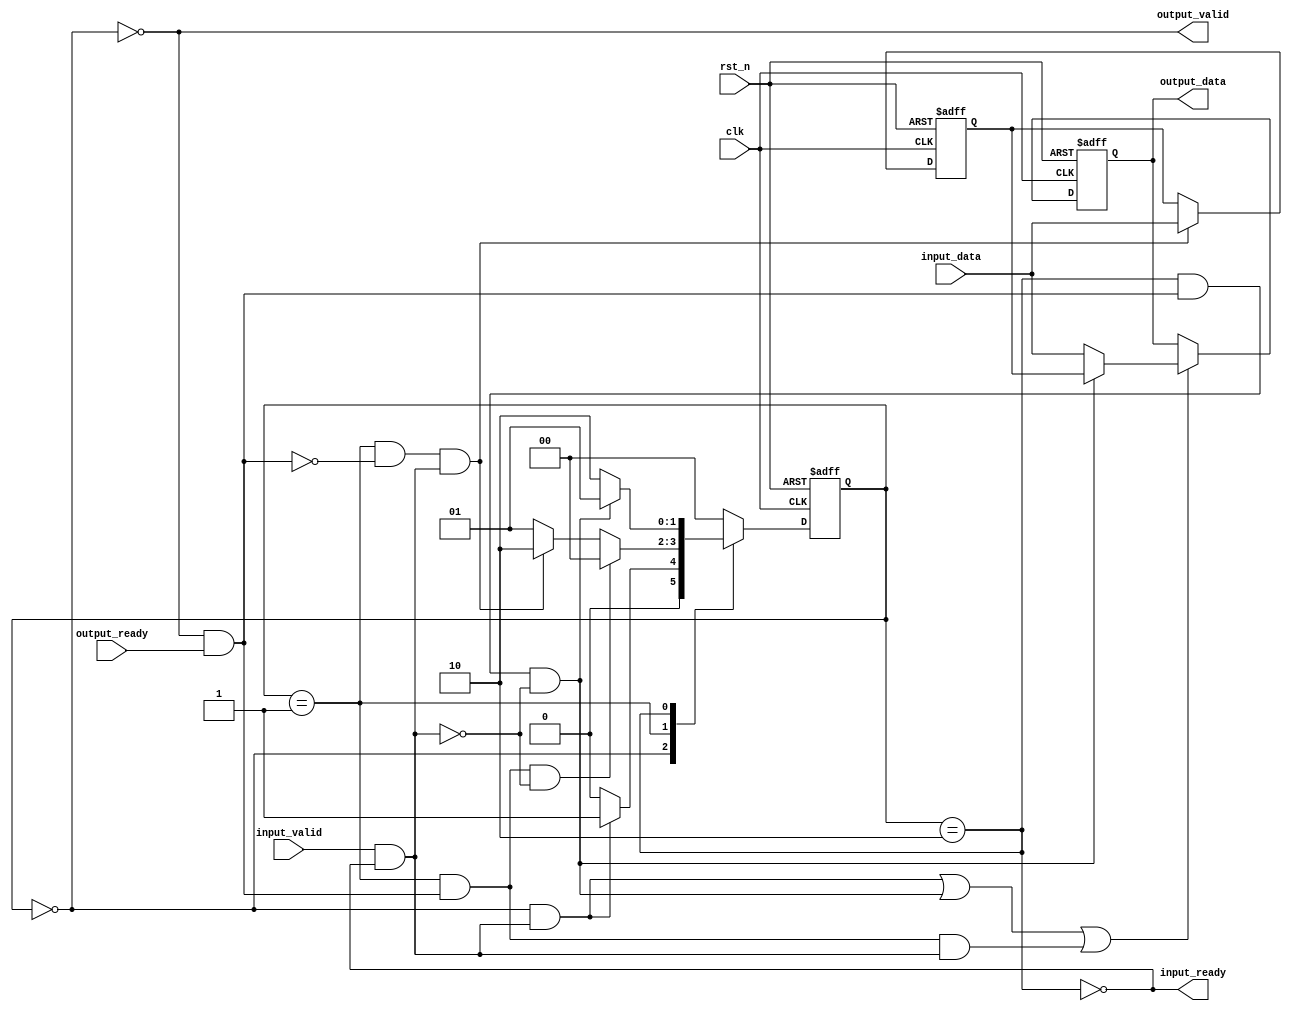
module skid_buffer#(
    parameter WIDTH = 32
)(
    input   clk,
    input   rst_n,

    input   input_valid,
    output  input_ready,
    input   [WIDTH-1:0]  input_data,

    output  output_valid,
    input   output_ready,
    output  [WIDTH-1:0]  output_data

);
reg     [WIDTH-1:0]     data_out_reg,data_buffer_out;
wire    [WIDTH-1:0]     data_sel_out;
reg [1:0]   cstate,nstate;
wire    insert,remove;
wire    load,unload,fill,flush,flow;
wire    data_buffer_wren,data_out_en,data_sel;
localparam  EMPTY = 2'b00;
localparam  BUSY  = 2'b01;
localparam  FULL  = 2'b10;
//data_buffer
always @(posedge clk,negedge rst_n) begin
    if(~rst_n)begin
        data_buffer_out<={WIDTH{1'b0}};
    end
    else if(data_buffer_wren)begin
        data_buffer_out<=input_data;
    end
end

//data_sel
assign data_sel_out=data_sel?data_buffer_out:input_data;

//output_buffer
always @(posedge clk,negedge rst_n) begin
    if(~rst_n)begin
        data_out_reg<={WIDTH{1'b0}};
    end
    else if(data_out_en)begin
        data_out_reg<=data_sel_out;
    end
    
end

//control logic
assign  insert = input_valid && input_ready;
assign  remove = output_valid && output_ready;
assign  load = (cstate == EMPTY) && insert;//nstate
assign  unload = (cstate == BUSY) && remove && (~insert);
assign  flow = (cstate == BUSY) && remove && insert;
assign  fill = (cstate == BUSY) && (~remove) && insert;
assign  flush = (cstate == FULL) && remove && (~insert);
always @(posedge clk,negedge rst_n) begin
    if(~rst_n)begin
        cstate<=EMPTY;
    end
    else begin
        cstate<=nstate;
    end
end
always @(*) begin
    case(cstate)
    EMPTY:begin
        nstate = load ? BUSY : EMPTY;
    end
    BUSY:begin
        if(unload)begin
            nstate = EMPTY;
        end
        else if(fill) begin
            nstate = FULL;
        end
        else if(flow)begin
            nstate = BUSY;
        end
        else begin
            nstate = BUSY;
        end
        end
    FULL:begin
        if(flush)begin
            nstate = BUSY;
        end
        else begin
            nstate = FULL;
        end
    end
    default:begin
        nstate = EMPTY;
    end
    endcase
end
//                         load   unload  fill   flush   flow
assign data_buffer_wren =                 fill               ;
assign data_out_en      =  load          |       flush | flow;
assign data_sel     =                        flush       ;

//valid_ready logic
assign input_ready = ~(cstate == FULL);
assign output_valid = ~(cstate == EMPTY);
assign output_data = data_out_reg;
endmodule